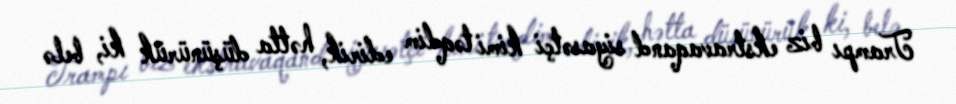
Trampı biz ekstravaqand siyasətçi kimi təqdim edirik, hətta düşünürük ki, belə